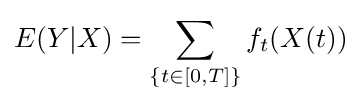
E(Y|X)=\sum _{\{t\in [0,T]\}}f_{t}(X(t))